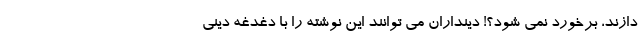
دازند، برخورد نمی شود؟! دینداران می توانند این نوشته را با دغدغه دینی